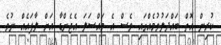
ކުރިން އޮތް ބައްދަލުވުމެއްގައި ވެސް އެ މައްސަލަ އެޖެންޑާ އަށް ލާފައެއް ނުވެ